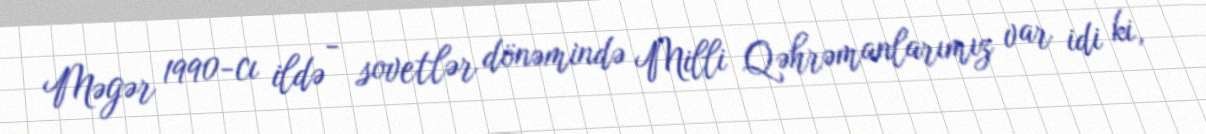
Məgər 1990-cı ildə - sovetlər dönəmində Milli Qəhrəmanlarımız var idi ki,